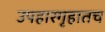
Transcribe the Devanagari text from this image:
उपहारगृहातच